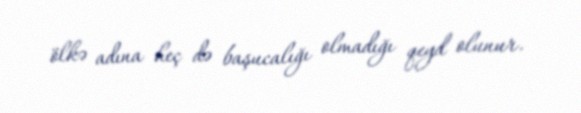
ölkə adına heç də başucalığı olmadığı qeyd olunur.